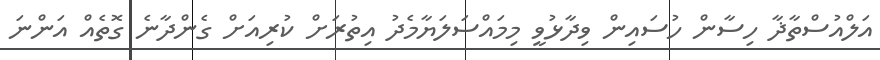
އަލްއުސްތާޛާ ހިސާން ހުސައިން ވިދާޅުވީ މިމައްސަލަޔާމެދު އިތުރަށް ކުރިއަށް ގެންދާނެ ގޮތެއް އަންނަ